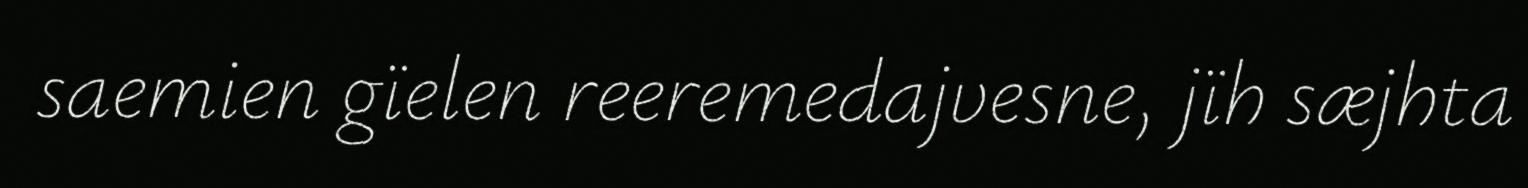
saemien gïelen reeremedajvesne, jïh sæjhta